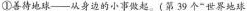
①善待地球——从身边的小事做起。(第39个”世界地球